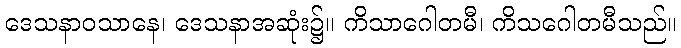
ဒေသနာဝသာနေ၊ ဒေသနာအဆုံး၌။ ကိသာဂေါတမီ၊ ကိသဂေါတမီသည်။